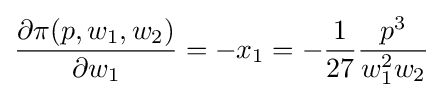
{\frac {\partial \pi (p,w_{1},w_{2})}{\partial w_{1}}}=-x_{1}=-{\frac {1}{27}}{\frac {p^{3}}{w_{1}^{2}w_{2}}}